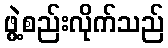
ဖွဲ့စည်းလိုက်သည်